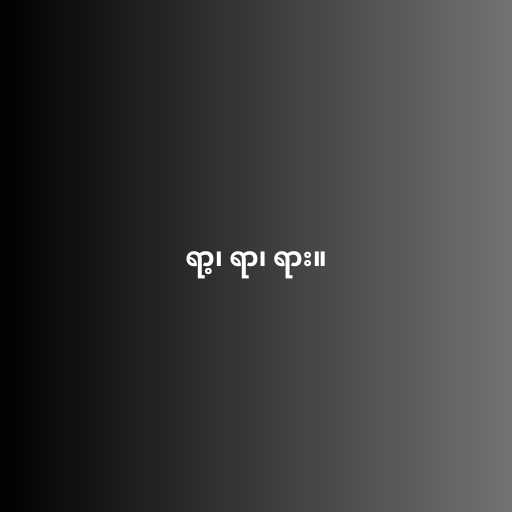
ရာ့၊ ရာ၊ ရား။